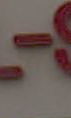
-